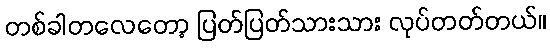
တစ်ခါတလေတော့ ပြတ်ပြတ်သားသား လုပ်တတ်တယ်။